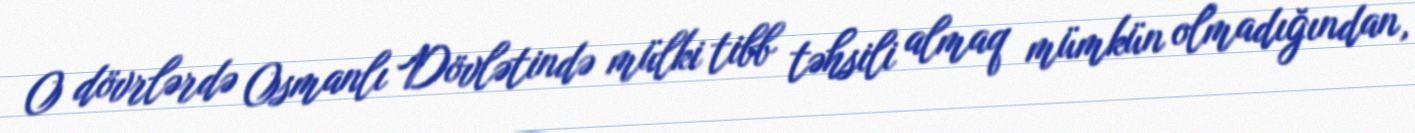
O dövrlərdə Osmanlı Dövlətində mülki tibb təhsili almaq mümkün olmadığından,